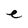
Character: e